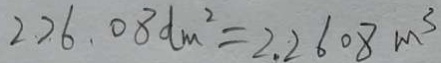
2 2 6 . 0 8 d m ^ { 2 } = 2 . 2 6 0 8 m ^ { 3 }